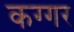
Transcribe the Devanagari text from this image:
कग्गर